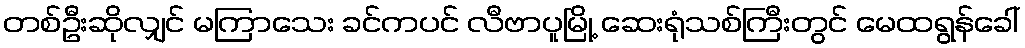
တစ်ဦးဆိုလျှင် မကြာသေး ခင်ကပင် လီဗာပူမြို့ ဆေးရုံသစ်ကြီးတွင် မေထရွန်ခေါ်